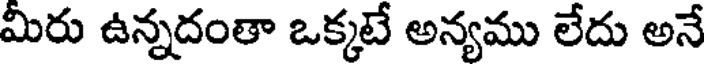
మీరు ఉన్నదంతా ఒక్కటే అన్యము లేదు అనే